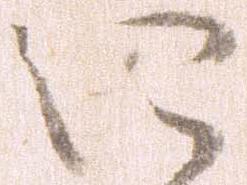
に